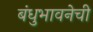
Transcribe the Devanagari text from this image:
बंधुभावनेची